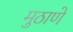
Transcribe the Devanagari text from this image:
मुठाणे